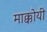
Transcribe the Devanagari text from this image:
माक्कोयी